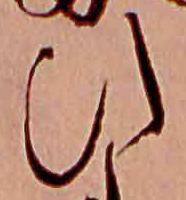
ひ